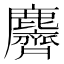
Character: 麡